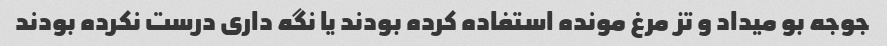
جوجه بو میداد و تز مرغ مونده استفاده کرده بودند یا نگه داری درست نکرده بودند